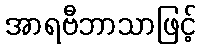
အာရဗီဘာသာဖြင့်